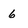
Character: 6